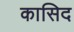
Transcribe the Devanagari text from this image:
कासिद